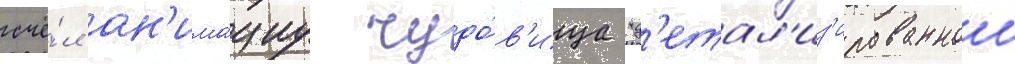
счё́л ан'има́циу чудо́в'ища "д'етал'из'ированнои